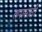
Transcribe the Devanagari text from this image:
तपासाठी